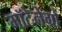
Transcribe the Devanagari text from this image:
मॉटेनेग्रो